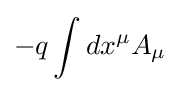
-q\int dx^{\mu }A_{\mu }